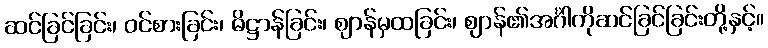
ဆင်ခြင်ခြင်း၊ ဝင်စားခြင်း၊ ဓိဋ္ဌာန်ခြင်း၊ ဈာန်မှထခြင်း၊ ဈာန်၏အင်္ဂါကိုဆင်ခြင်ခြင်းတို့နှင့်။